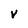
Character: V